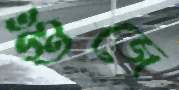
গুঁজে